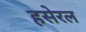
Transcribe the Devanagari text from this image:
हसेरल